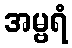
အမ္ဗရံ